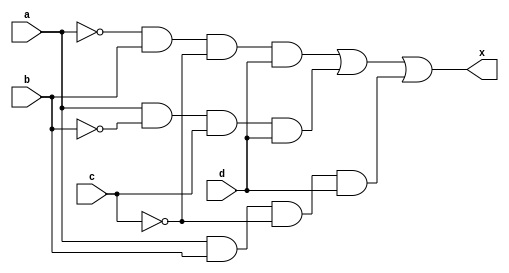
module Start(a, b, c, d, x);
    input a, b, c, d;
    output x;
    assign x = (~a & b & ~c & d) | (a & ~b & c & d) | (a & b & ~c & d);



endmodule